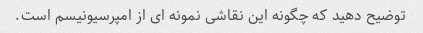
توضیح دهید که چگونه این نقاشی نمونه ای از امپرسیونیسم است.